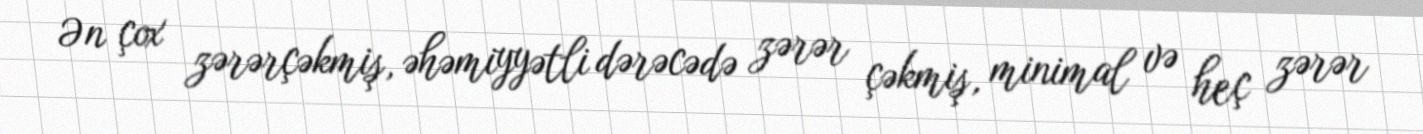
Ən çox zərərçəkmiş, əhəmiyyətli dərəcədə zərər çəkmiş, minimal və heç zərər